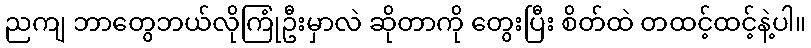
ညကျ ဘာတွေဘယ်လိုကြုံဦးမှာလဲ ဆိုတာကို တွေးပြီး စိတ်ထဲ တထင့်ထင့်နဲ့ပါ။